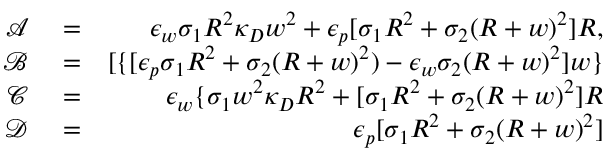
\begin{array} { r l r } { \mathcal { A } } & { { } = } & { \epsilon _ { w } \sigma _ { 1 } R ^ { 2 } \kappa _ { D } w ^ { 2 } + \epsilon _ { p } [ \sigma _ { 1 } R ^ { 2 } + \sigma _ { 2 } ( R + w ) ^ { 2 } ] R , } \\ { \mathcal { B } } & { { } = } & { [ \{ [ \epsilon _ { p } \sigma _ { 1 } R ^ { 2 } + \sigma _ { 2 } ( R + w ) ^ { 2 } ) - \epsilon _ { w } \sigma _ { 2 } ( R + w ) ^ { 2 } ] w \} } \\ { \mathcal { C } } & { { } = } & { \epsilon _ { w } \{ \sigma _ { 1 } w ^ { 2 } \kappa _ { D } R ^ { 2 } + [ \sigma _ { 1 } R ^ { 2 } + \sigma _ { 2 } ( R + w ) ^ { 2 } ] R } \\ { \mathcal { D } } & { { } = } & { \epsilon _ { p } [ \sigma _ { 1 } R ^ { 2 } + \sigma _ { 2 } ( R + w ) ^ { 2 } ] } \end{array}